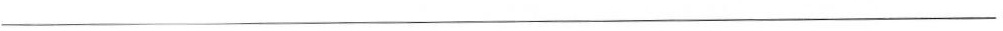
___